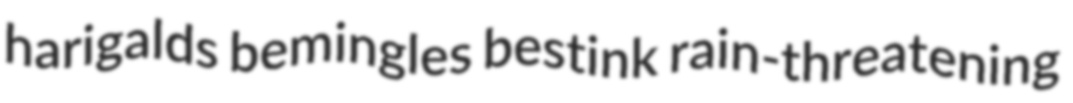
harigalds bemingles bestink rain-threatening